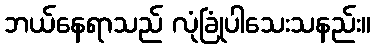
ဘယ်နေရာသည် လုံခြုံပါသေးသနည်း။